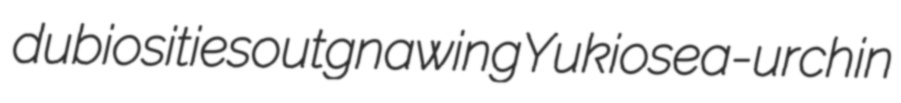
dubiosities outgnawing Yukio sea-urchin